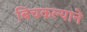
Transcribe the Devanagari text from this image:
बिचकल्याने